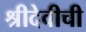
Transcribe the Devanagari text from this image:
श्रीदेवीची